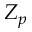
Z _ { p }